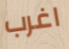
اغرب